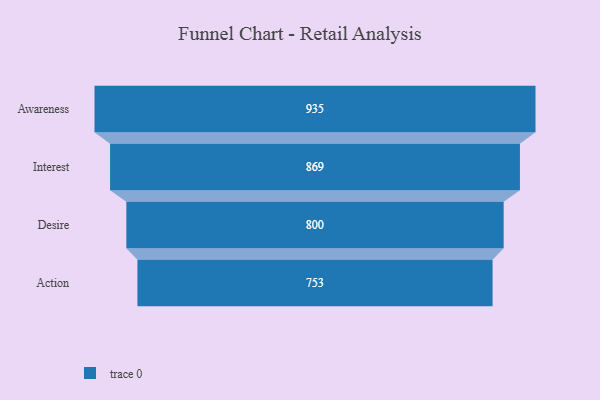
{"axis": {"x": "Stage", "y": "Value"}, "legend": [""], "data": [{"x": "Awareness", "y": 935.0, "type": ""}, {"x": "Interest", "y": 869.0, "type": ""}, {"x": "Desire", "y": 800.0, "type": ""}, {"x": "Action", "y": 753.0, "type": ""}]}